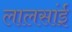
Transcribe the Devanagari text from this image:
लालसांई